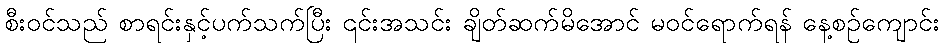
စီး၀င်သည် စာရင်းနှင့်ပက်သက်ပြီး ၎င်းအသင်း ချိတ်ဆက်မိအောင် မဝင်ရောက်ရန် နေ့စဉ်ကျောင်း